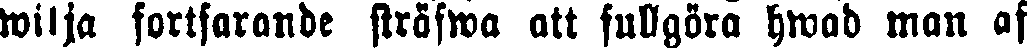
wilja fortfarande sträfwa att fullgöra hwad man af